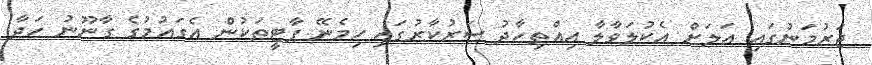
ޖަރުމަނުގައި އަލަށް އެކުލަވާލާ އިއްތިހާދު ސަރުކާރުގައި ހިމެނޭ ޕާޓީތަކުން އެގައުމުގެ ގާނޫނު ހަދާ